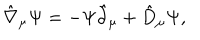
LaTeX: \hat { \nabla } _ { \mu } \Psi = - \Psi \hat { \partial } _ { \mu } + \hat { D } _ { \mu } \Psi ,